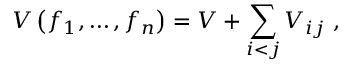
V \left( f _ { 1 } , \dots , f _ { n } \right) = V + \sum _ { i < j } V _ { i j } \ ,